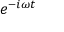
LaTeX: e ^ { - i \omega t }